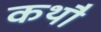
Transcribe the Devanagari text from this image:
कथौ